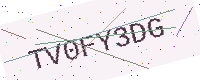
Text: TV0FY3DG